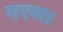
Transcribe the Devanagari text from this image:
मरण।